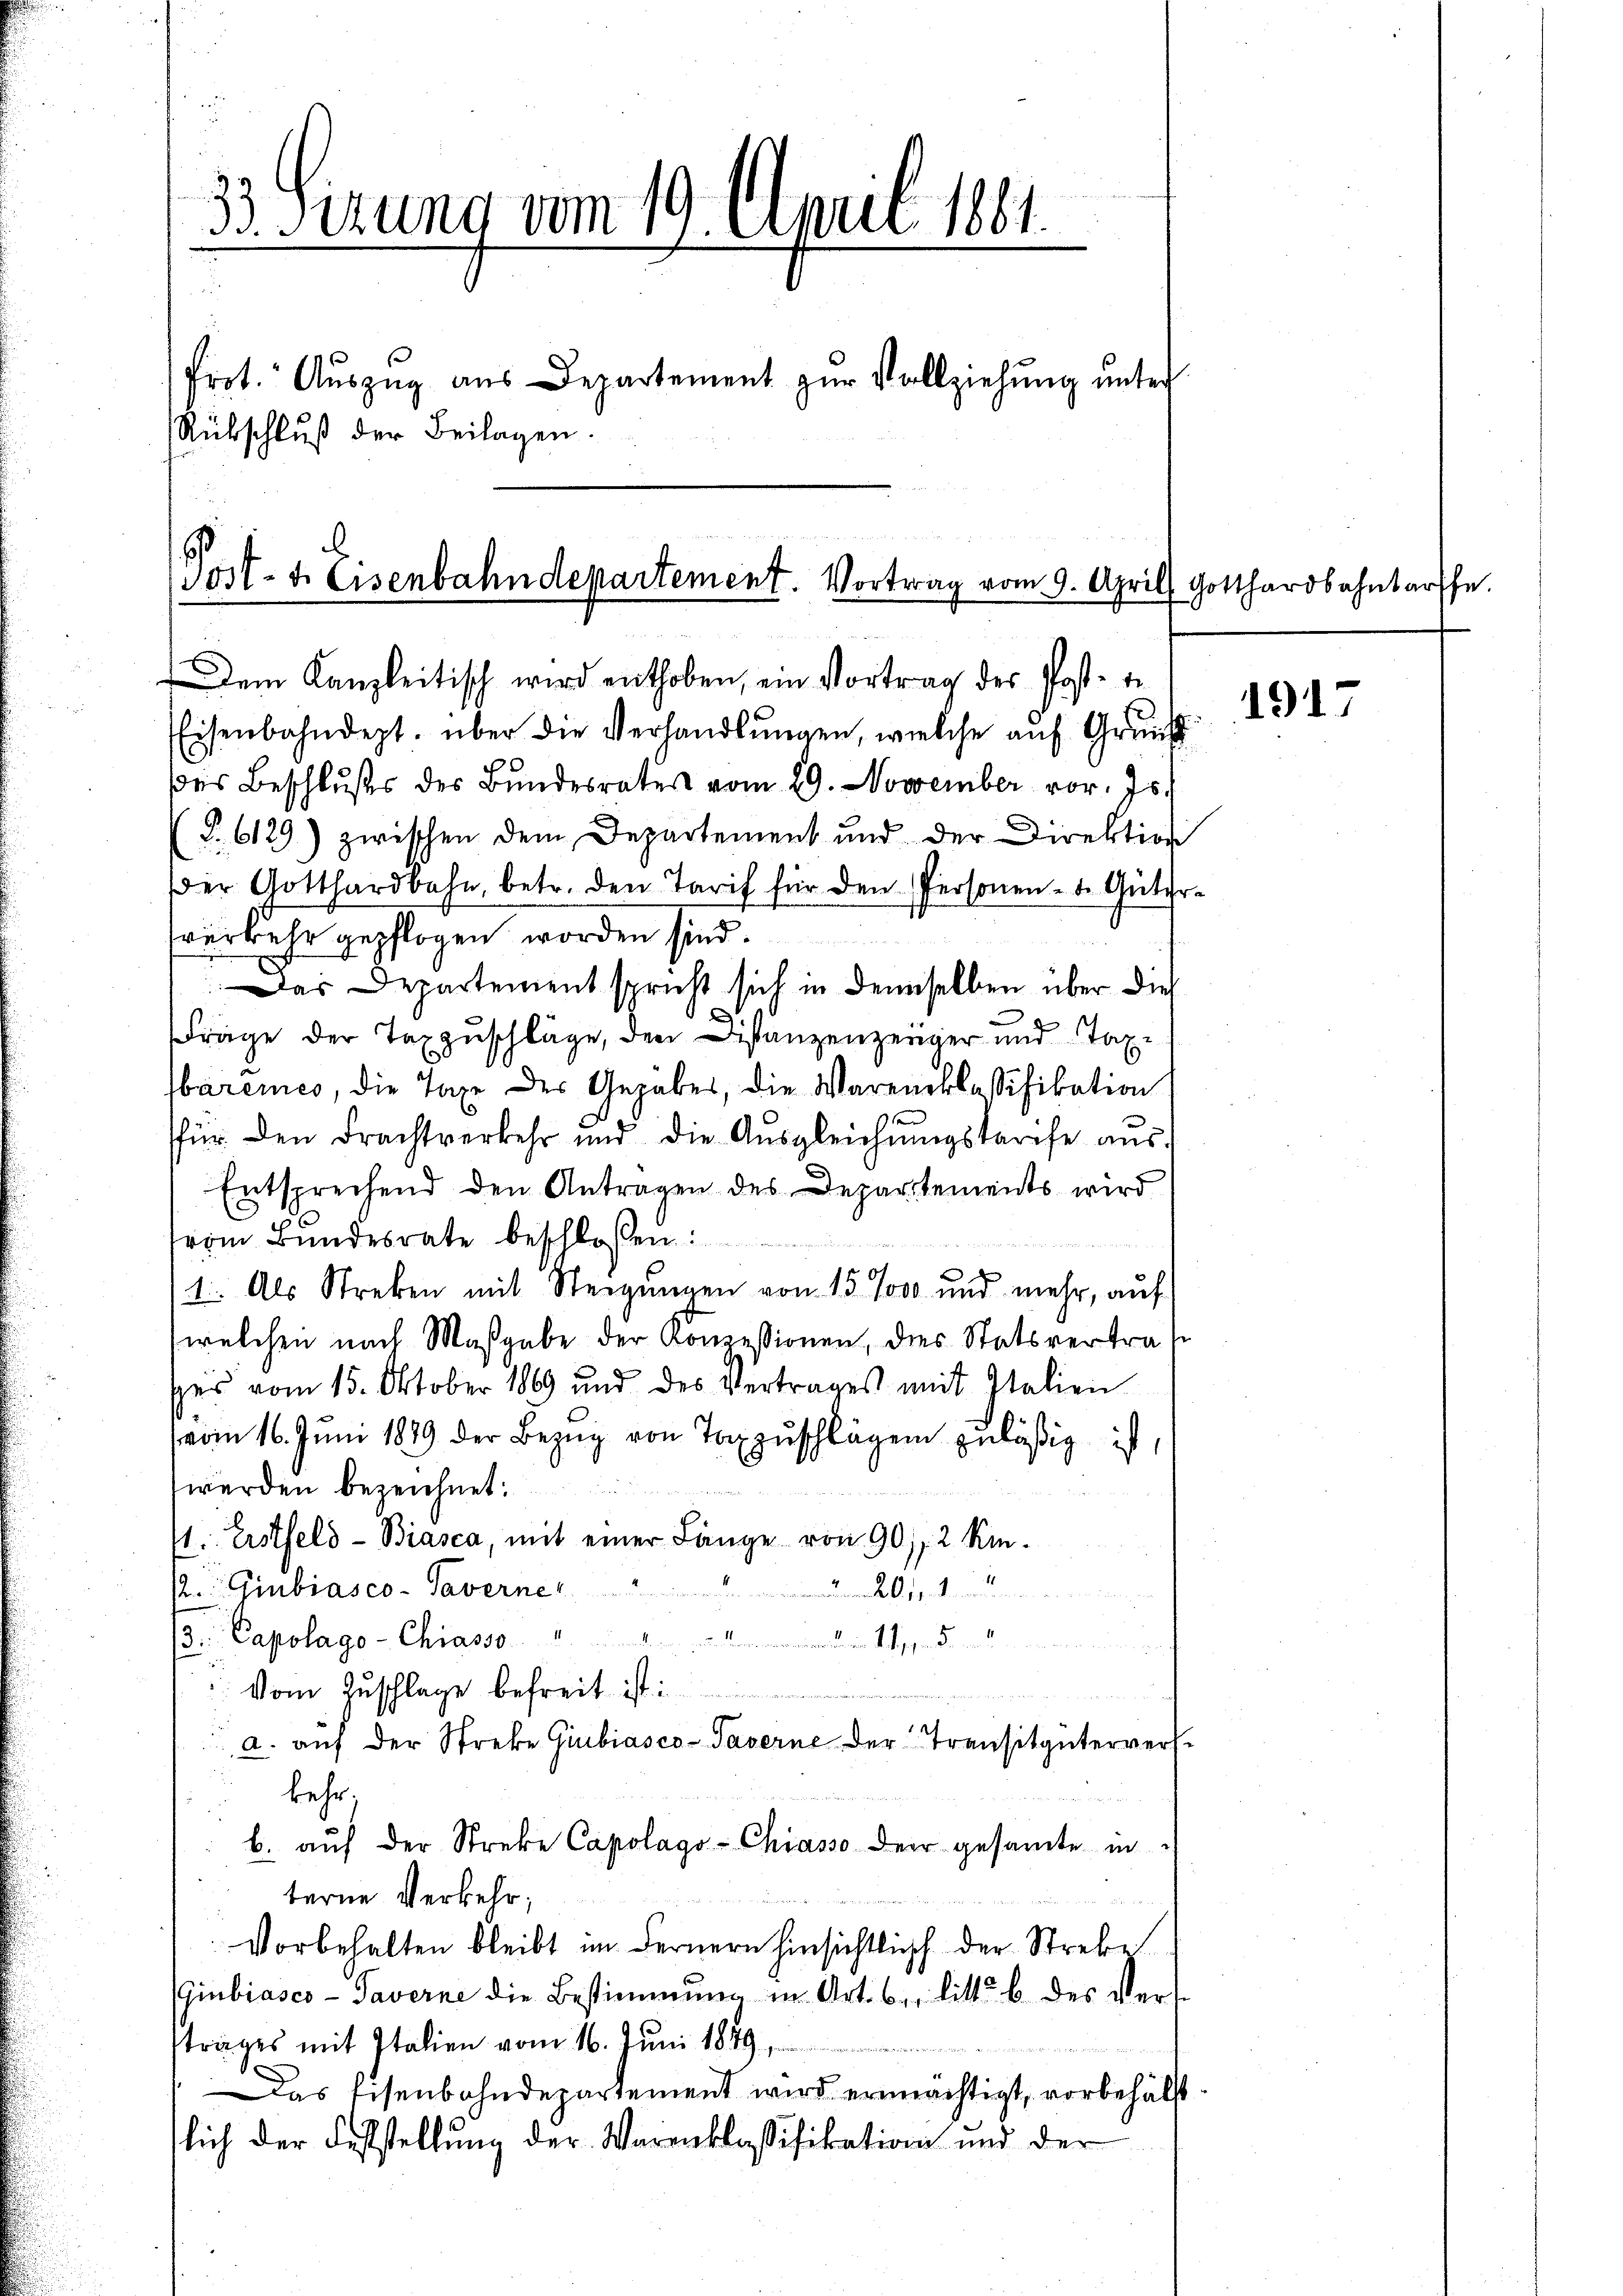
u
33 sezung vom 19. April 1881.
Prot. Auszug aus Departement zur Vollziehung unter
Rübschluß der Beilagen.

Post- u. Eisenbahndepartement. Vortrag vom 9. April

Dem Kanzleitisch wird enthoben, ein Vortrag des Post- un
Eisenbahndept. über die Verhandlungen, welche auf Grund
des Beschlußes des Bundesrates vom 29. November vor. 75.
§. 6129) zwischen dem Departement und der Direktion
der Gotthardbahn, betr. den Tarif für den Personen- u. Güter
sverkehr gepflogen worden sind.
Das Departementspricht sich in demselben über dies
Frage der Taxzuschläge, den Distanzenzeiger und Taxbaremes, die Taxe der Gehabes, die Warenklassifikation
für den Frachtverkehr und die Aŭsgleichŭngskarise aŭs.
Entsprechend den Antragen des Departements wird
vom Bundesrate beschlossen:
e
1t. Als Streben mit Steigungen von 15 Joso und mehr, auf
welchen nach Maßgabe der Konzessionen, dies Statsvertrag
ses vom 15. Oktober 1869 und des Vertrages mit Italien
vom 16. Juni 1879 der Bezug von Taxzuschlägen zuläßig ist,
wurden bezeichnet:
4. Erstfeld- Biasca, mit einer Länge von 901, 2 Kin-
½. Giubiasco - Taverne
dnn de lesen und
3. Capolago-Chiasso
de in d. Siegen den in de
u
Vom Zuschlage befreit ist:
e
a. aŭf der Streke Giubiasco-Taverne der Transitgütervers
kehr,
b. aŭf der Streke Capolago-Chiasso der gesamte in
terne Verkehr,
Vorbehalten bleibt im Fernern Hinsichtlich der Strebe
Giubiasco - Taverne die Bestimmung in Art. 6 litt. b. des Vers
strages mit Italien vom 16. Juni 1849.
Das Eisenbahndepartement wird ermächtigt, vorbehälft
lich der Feststellung der Warenklassifikation und der

Gotthardbahnbarsche

1917